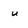
Character: u